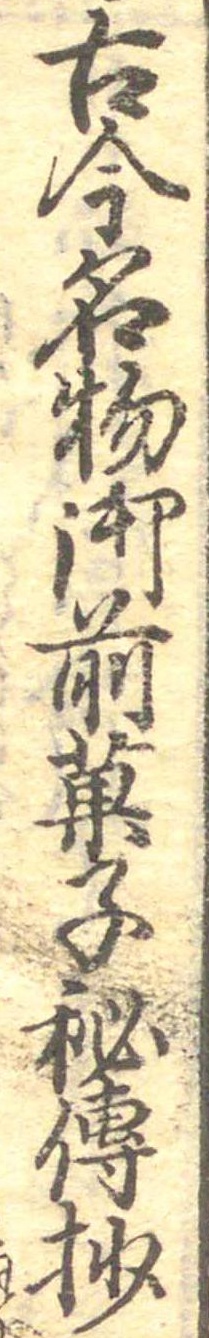
古今名物御前菓子秘伝抄